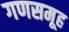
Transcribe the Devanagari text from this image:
गणसमूह